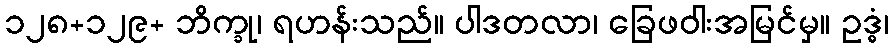
၁၂၈+၁၂၉+ ဘိက္ခု၊ ရဟန်းသည်။ ပါဒတလာ၊ ခြေဖဝါးအမြင်မှ။ ဥဒ္ဓံ၊